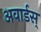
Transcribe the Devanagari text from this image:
अवार्डस्